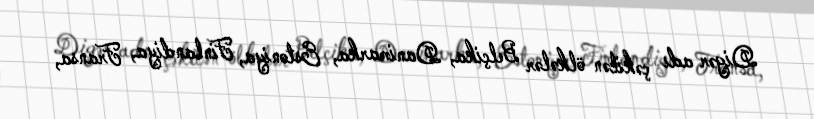
Digər adı çəkilən ölkələr Belçika, Danimarka, Estoniya, Finlandiya, Fransa,